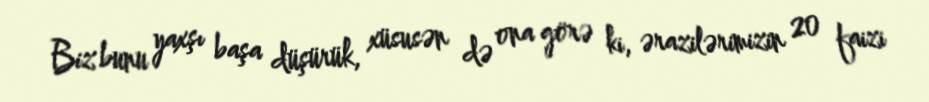
Biz bunu yaxşı başa düşürük, xüsusən də ona görə ki, ərazilərimizin 20 faizi